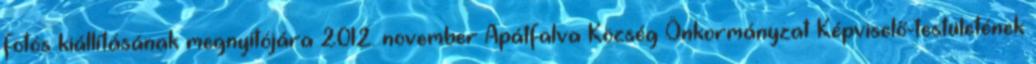
fotós kiállításának megnyitójára 2012. november Apátfalva Község Önkormányzat Képviselő-testületének